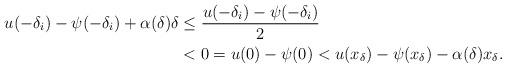
LaTeX: \begin{align*}u(-\delta_{i}) - \psi(-\delta_{i}) + \alpha(\delta)\delta &\leq \frac{u(-\delta_{i}) - \psi(-\delta_{i})}{2} \\&< 0 = u(0) - \psi(0) < u(x_{\delta}) - \psi(x_{\delta}) - \alpha(\delta) x_{\delta}.\end{align*}